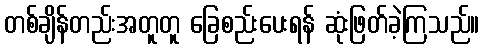
တစ်ချိန်တည်းအတူတူ ခြေစည်းပေးရန် ဆုံးဖြတ်ခဲ့ကြသည်။